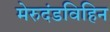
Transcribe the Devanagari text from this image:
मेरुदंडविहिन